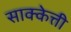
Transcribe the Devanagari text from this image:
साक्केत्ती